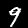
Label: 9